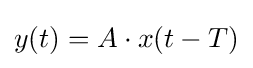
y(t)=A\cdot x(t-T)